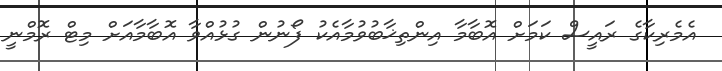
އެމެރިކާގެ ރައީސް ކަމަށް އޮބާމާ އިންތިޚާބުވުމާއެކު ފޯނުން ގުޅުއްވާ އޮބާމާއަށް މިޓް ރޮމްނީ